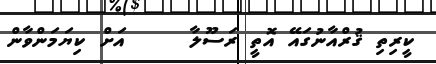
ކީރިތި ޤުރްއާނުގައޭ އޮތީ ރަސޫލާ     އަށްް ކިޔަމަންވާން